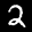
Label: 2